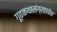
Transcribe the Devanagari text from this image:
गूढकथासंग्रहाचेच